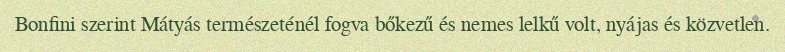
Bonfini szerint Mátyás természeténél fogva bőkezű és nemes lelkű volt, nyájas és közvetlen.